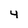
Character: 4